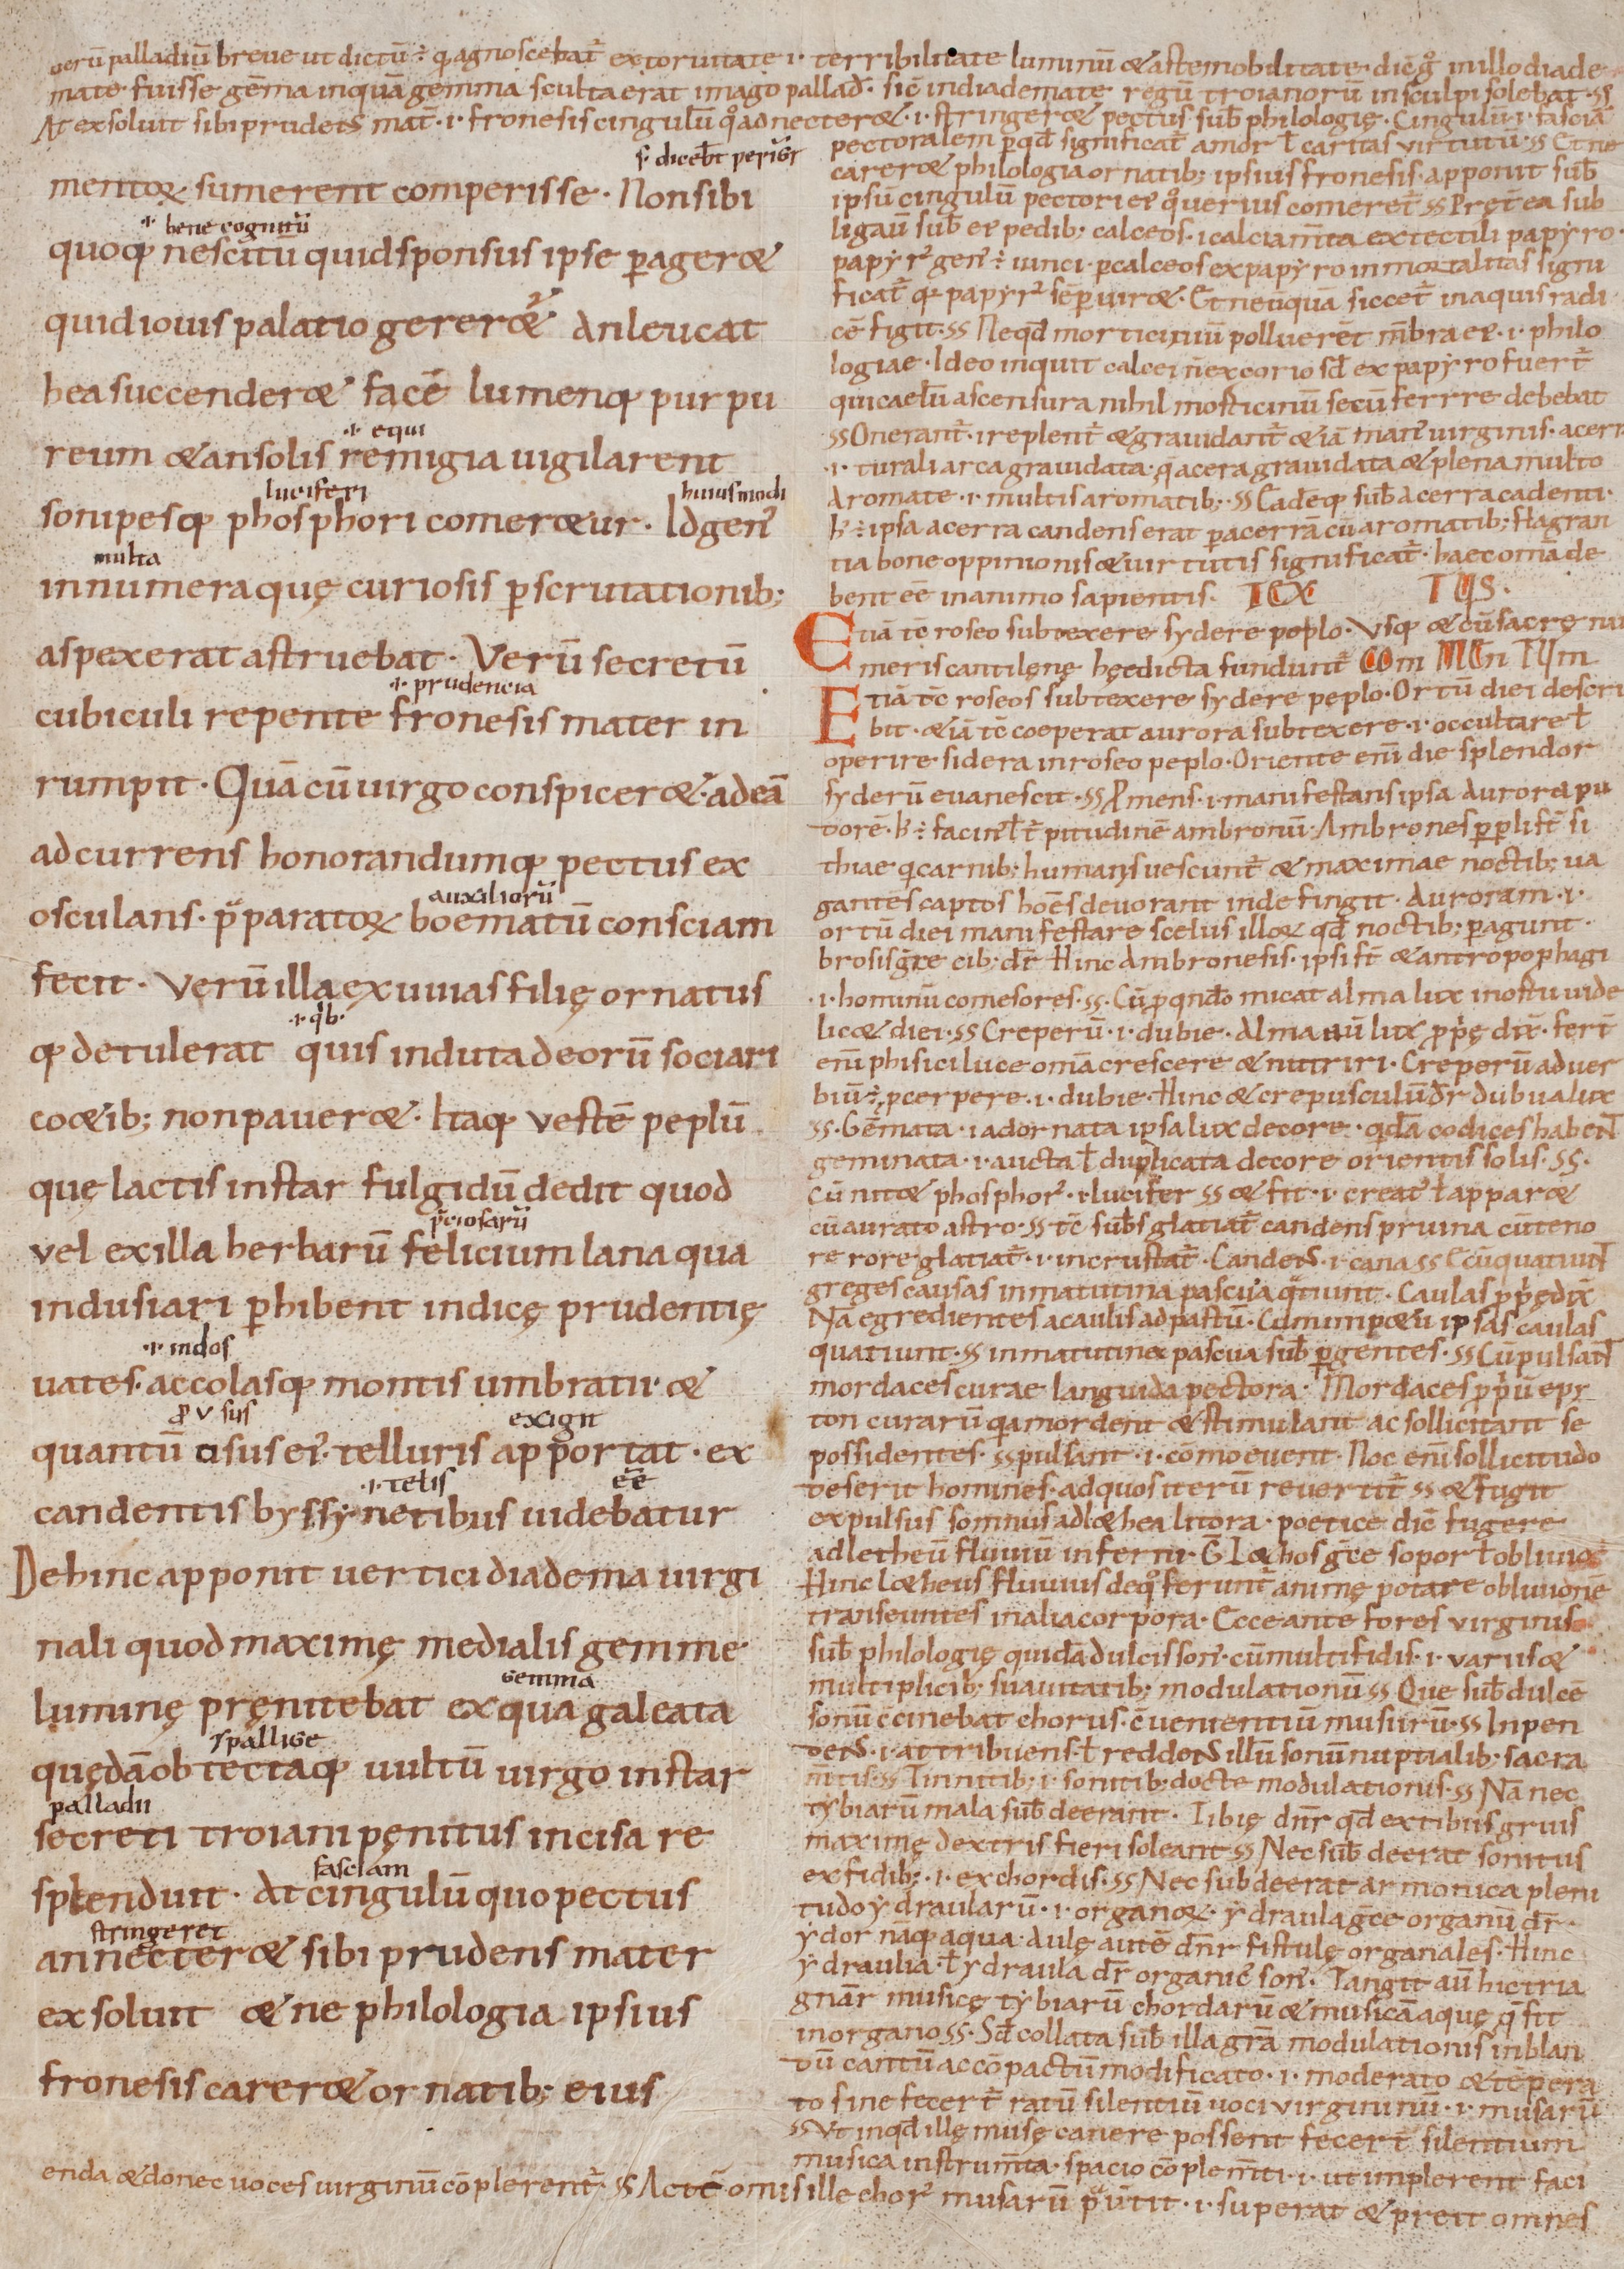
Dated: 1000–1099